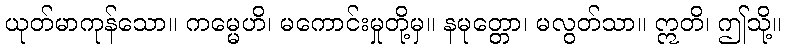
ယုတ်မာကုန်သော။ ကမ္မေဟိ၊ မကောင်းမှုတို့မှ။ နမုတ္တော၊ မလွတ်သာ။ ဣတိ၊ ဤသို့။